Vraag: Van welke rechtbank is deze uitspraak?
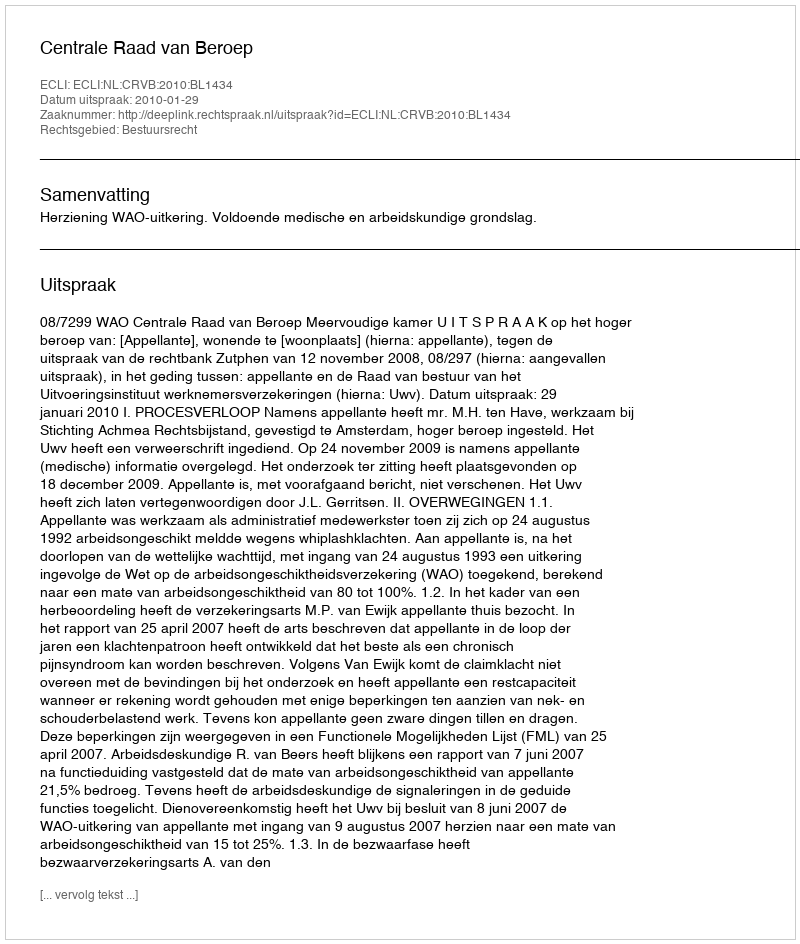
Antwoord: Centrale Raad van Beroep